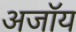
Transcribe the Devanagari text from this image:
अजॉय